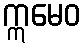
ဣမေဝ